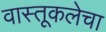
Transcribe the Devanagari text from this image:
वास्तूकलेचा